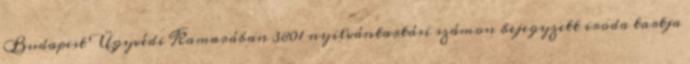
Budapest Ügyvédi Kamarában 3801 nyilvántartási számon bejegyzett iroda tartja